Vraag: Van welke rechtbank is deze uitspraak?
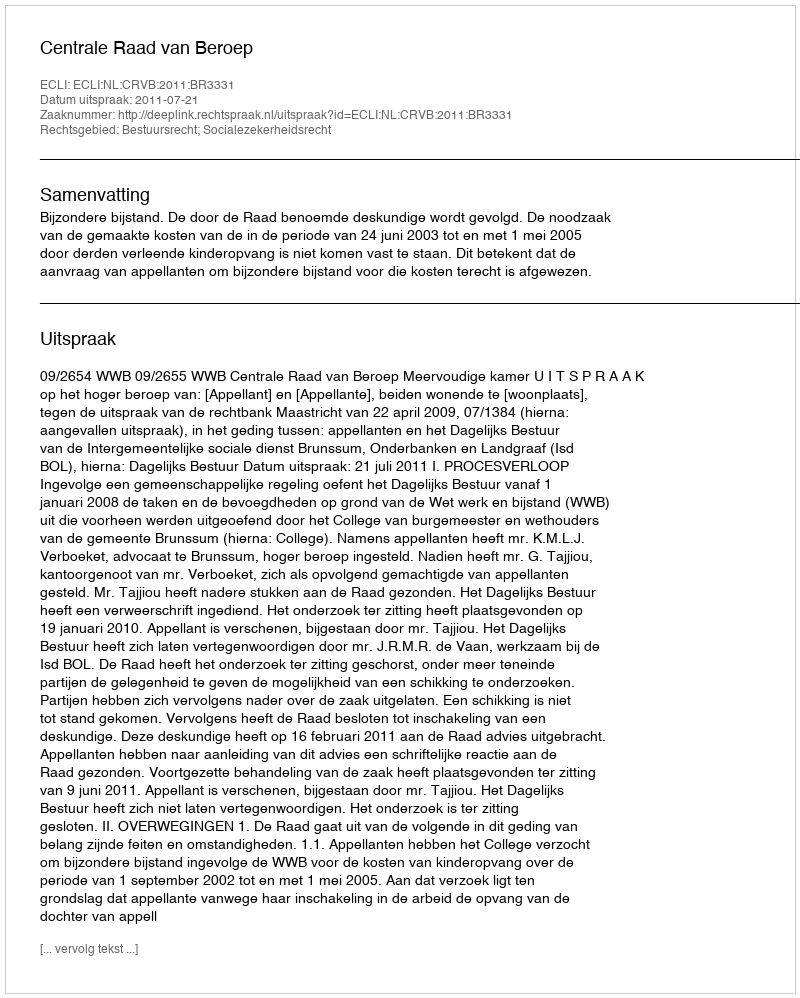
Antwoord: Centrale Raad van Beroep